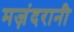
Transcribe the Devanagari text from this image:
मज़ंदरानी